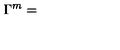
\nonumber \Gamma ^ { m } =